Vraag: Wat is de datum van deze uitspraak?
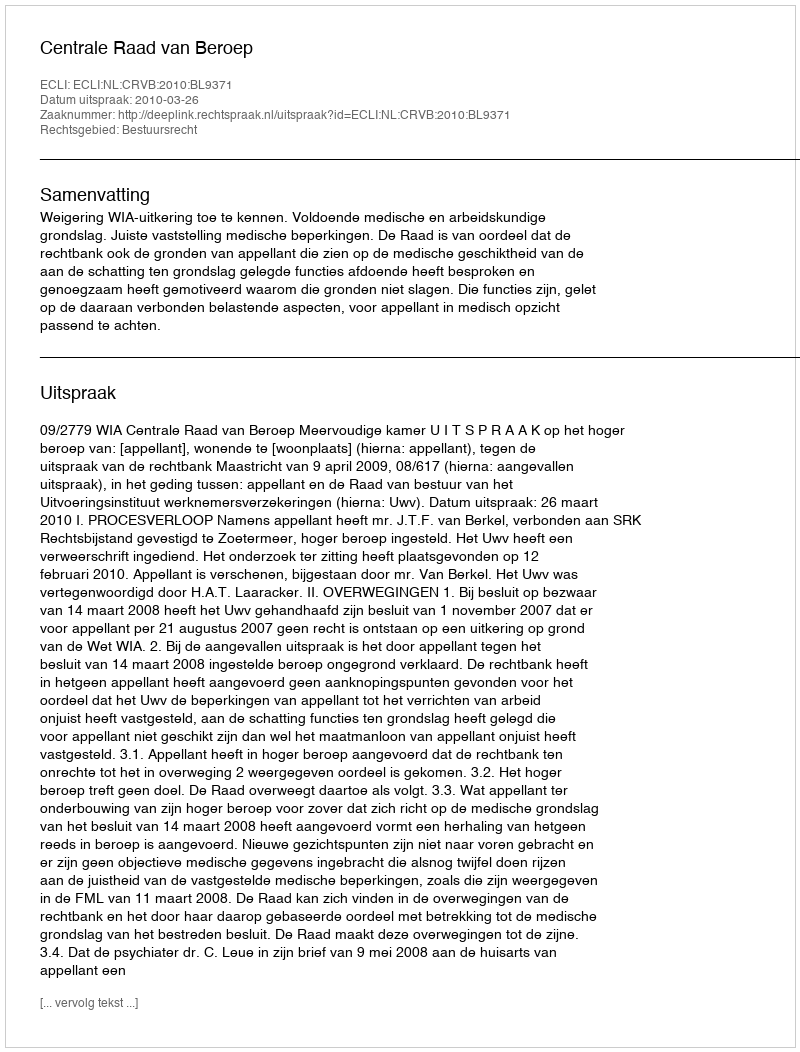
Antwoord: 2010-03-26